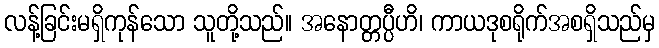
လန့်ခြင်းမရှိကုန်သော သူတို့သည်။ အနောတ္တပ္ပီဟိ၊ ကာယဒုစရိုက်အစရှိသည်မှ